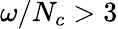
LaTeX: \omega/N_{c}>3